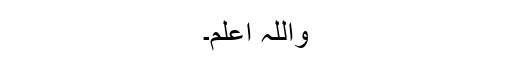
واللہ اعلم۔